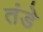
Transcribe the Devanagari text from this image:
तंडे